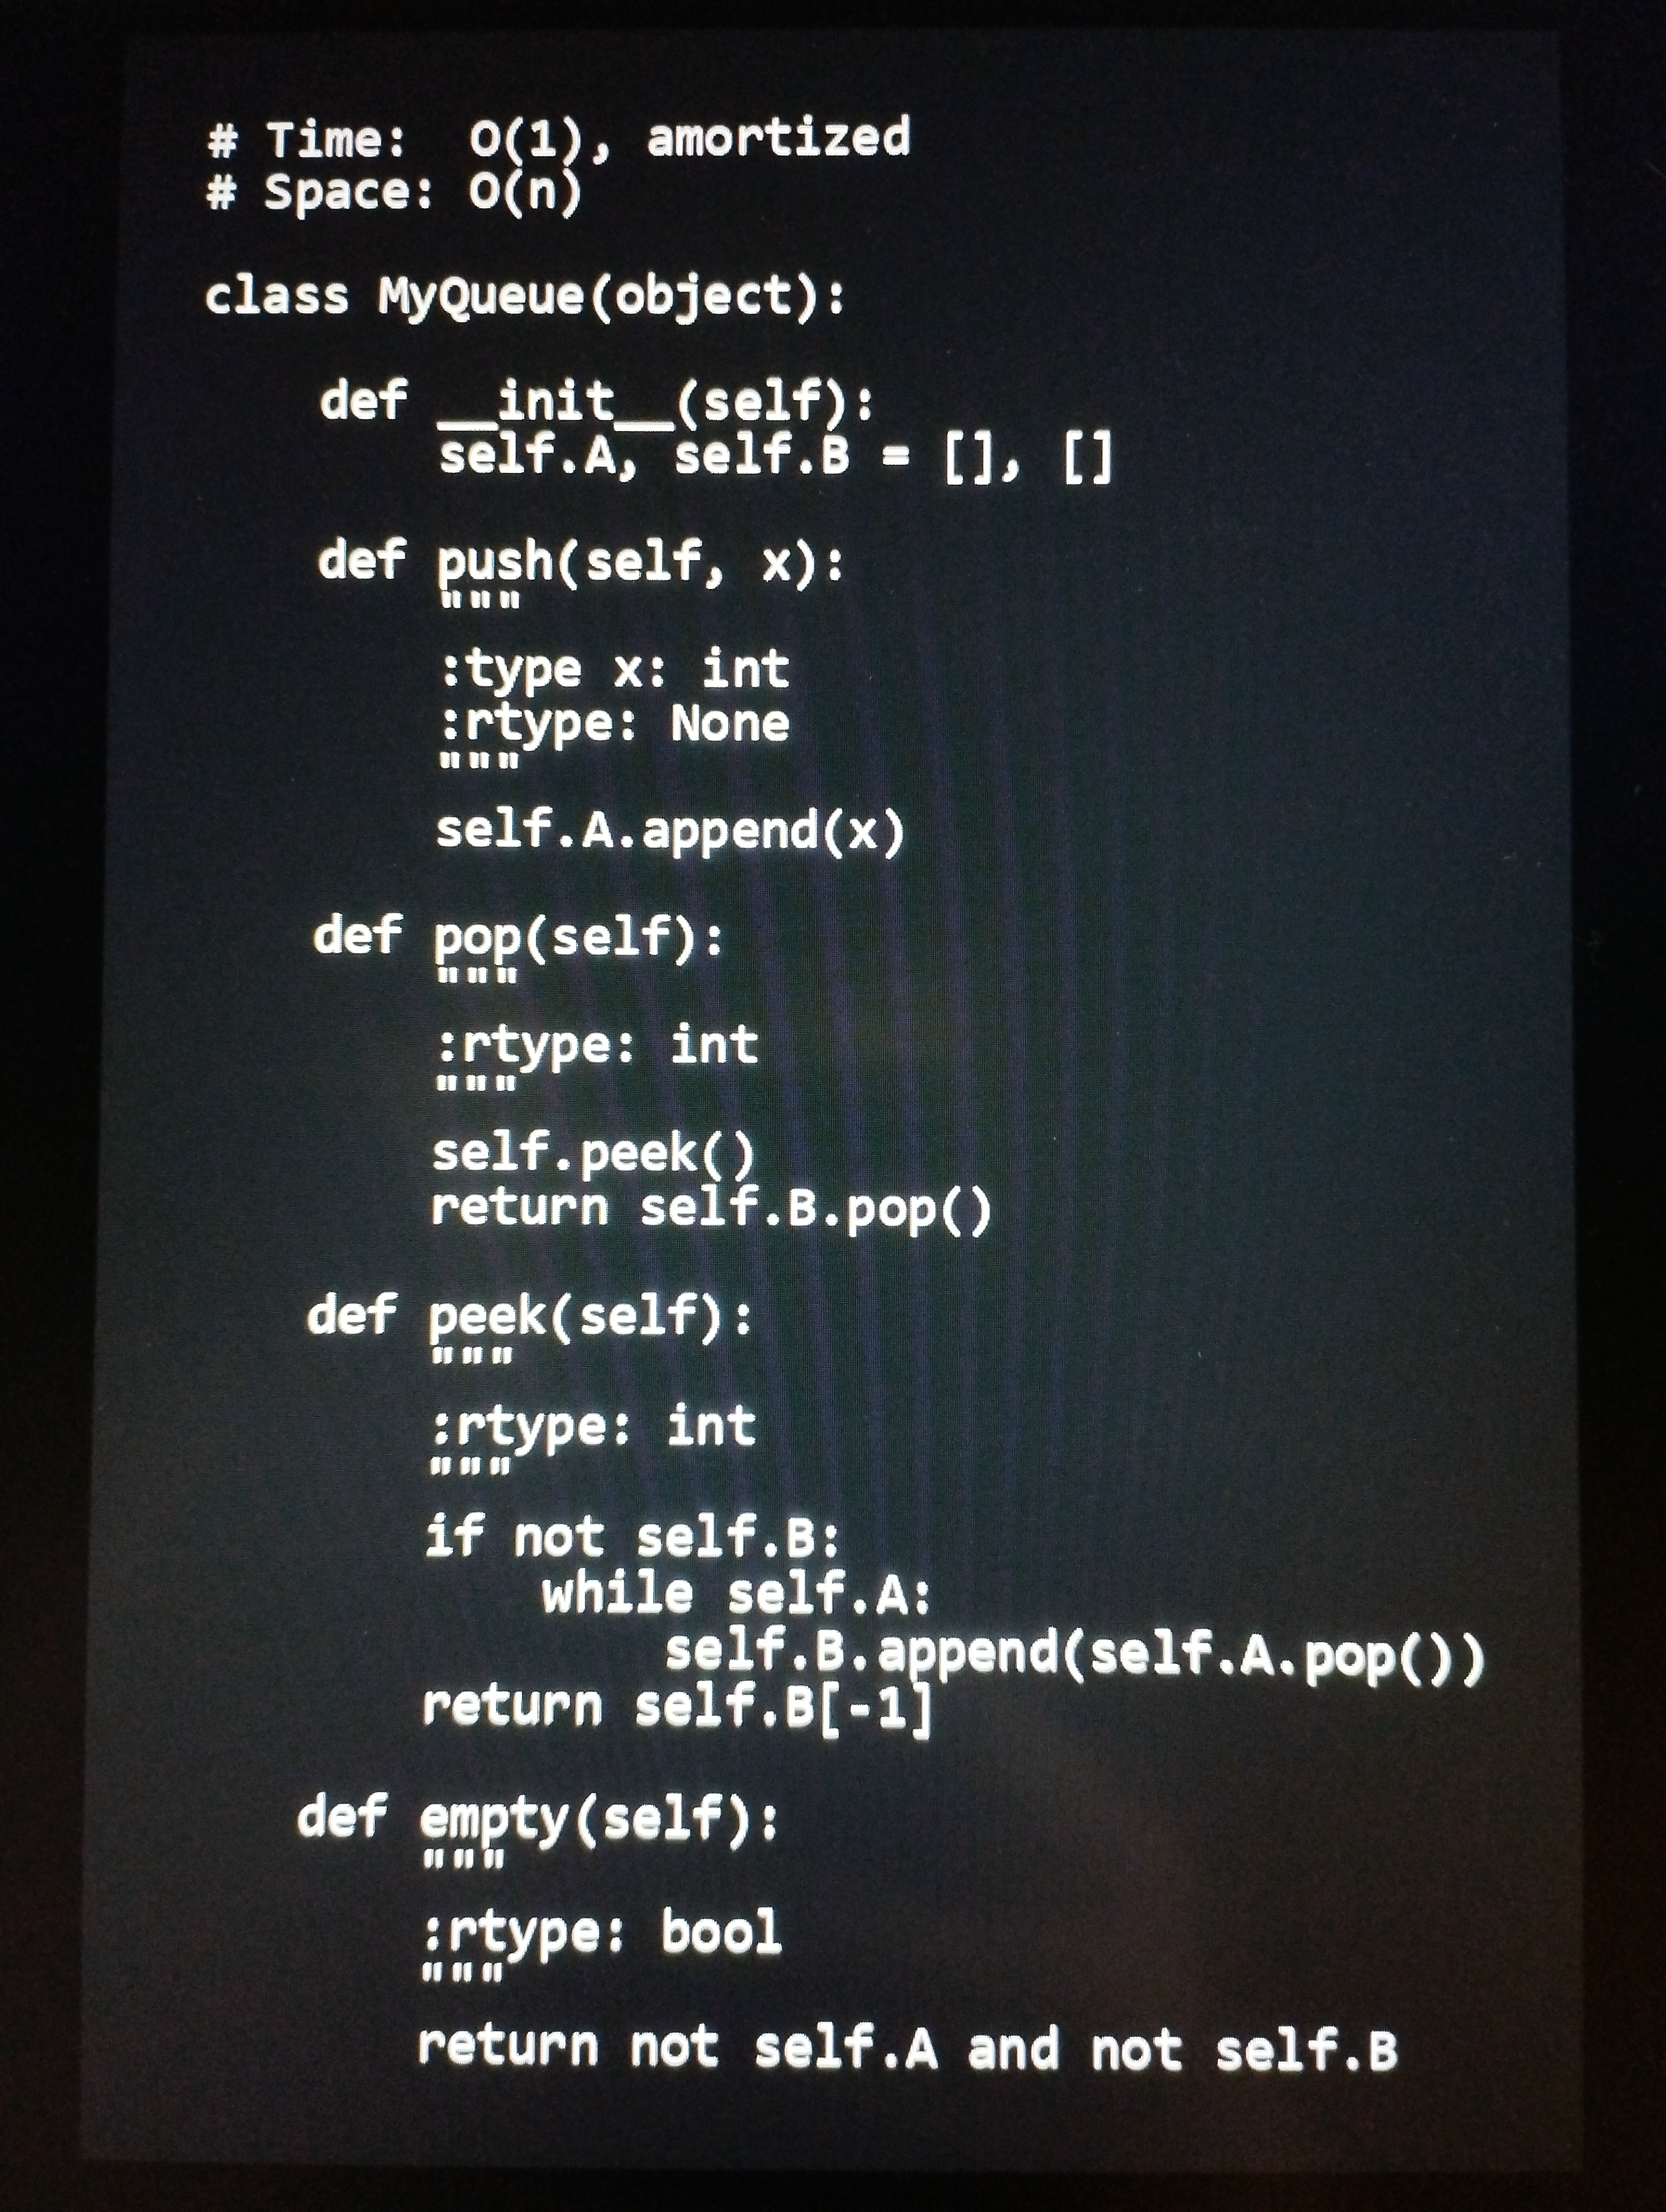
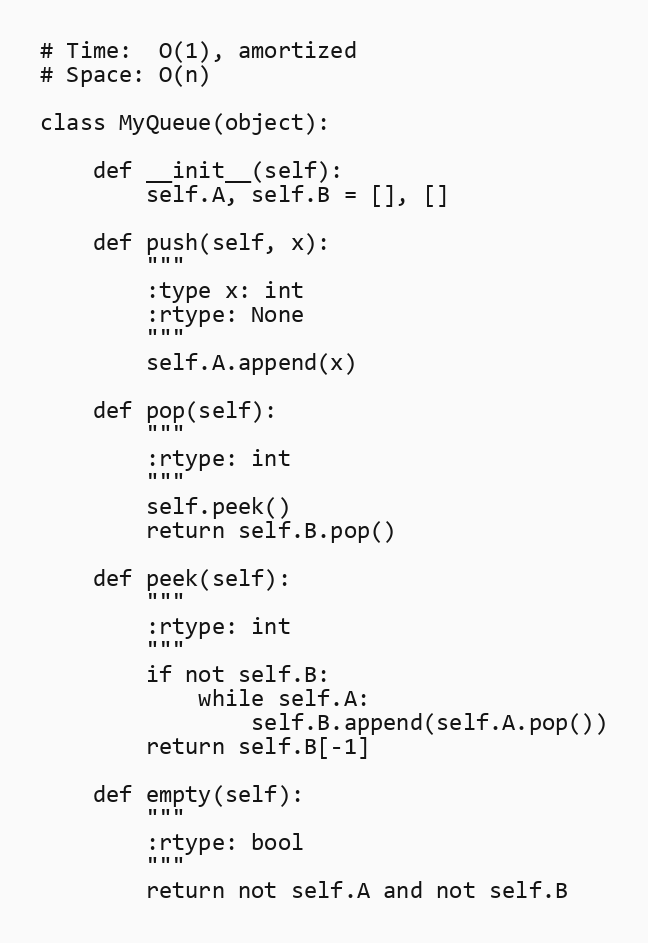
# Time:  O(1), amortized
# Space: O(n)

class MyQueue(object):

    def __init__(self):
        self.A, self.B = [], []

    def push(self, x):
        """
        :type x: int
        :rtype: None
        """
        self.A.append(x)

    def pop(self):
        """
        :rtype: int
        """
        self.peek()
        return self.B.pop()

    def peek(self):
        """
        :rtype: int
        """
        if not self.B:
            while self.A:
                self.B.append(self.A.pop())
        return self.B[-1]

    def empty(self):
        """
        :rtype: bool
        """
        return not self.A and not self.B